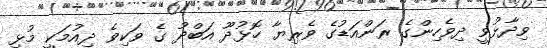
ވިދާޅުވީ ދިވެހިންގެ ރަންއަޑުގެ ވެރިޔާ ހޮޅުދޫ އަބްދު ގެ ވަކިވެ ދިއުމަކީ މުޅި